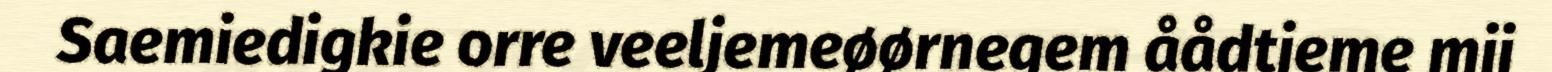
Saemiedigkie orre veeljemeøørnegem åådtjeme mij